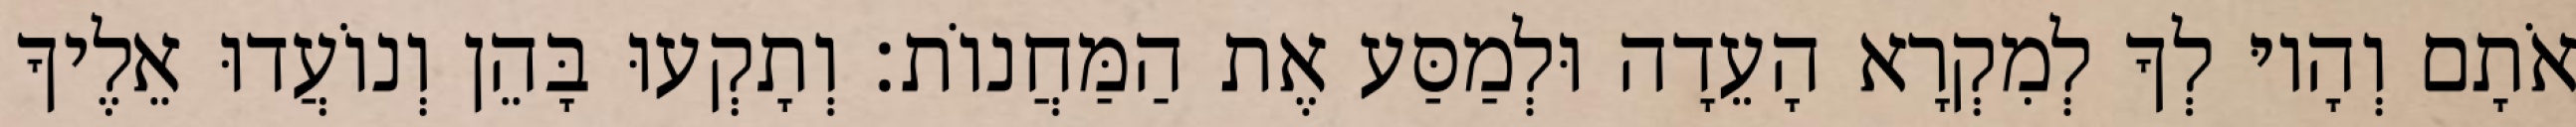
אֹתָם וְהָיוּ לְךָ לְמִקְרָא הָעֵדָה וּלְמַסַּע אֶת הַמַּחֲנוֹת׃ וְתָקְעוּ בָּהֵן וְנוֹעֲדוּ אֵלֶיךָ